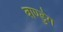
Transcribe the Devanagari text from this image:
बाण्डुंग